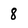
Character: 8